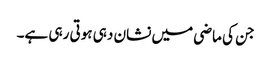
جن کی ماضی میں نشان دہی ہوتی رہی ہے۔